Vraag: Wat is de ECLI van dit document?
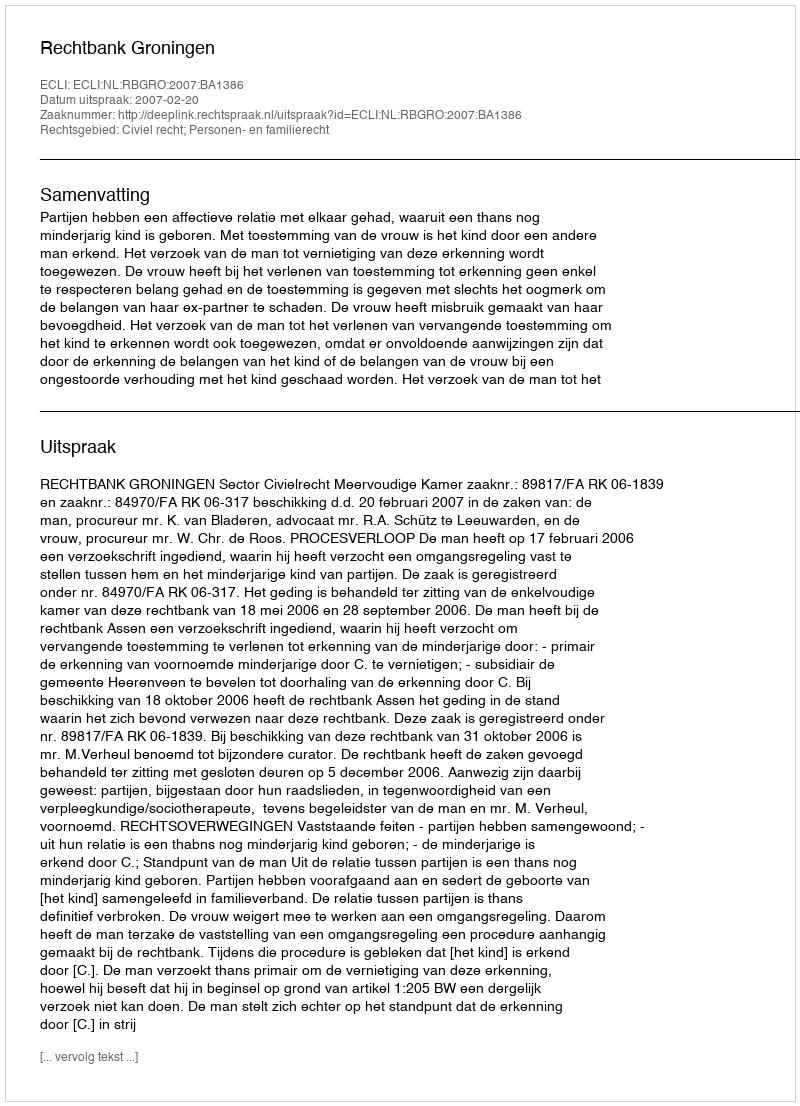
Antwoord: ECLI:NL:RBGRO:2007:BA1386